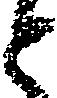
と